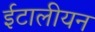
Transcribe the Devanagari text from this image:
ईटालीयन